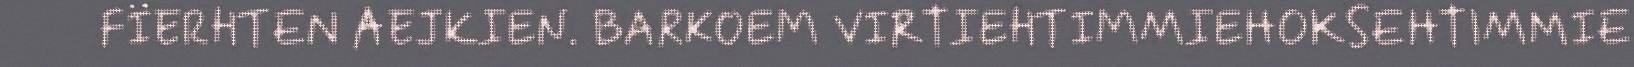
FÏERHTEN AEJKIEN. BARKOEM VIRTIEHTIMMIEHOKSEHTIMMIE